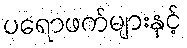
ပရောဖက်များနှင့်